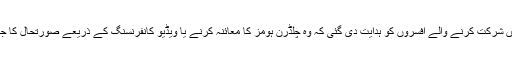
میٹنگ میں شرکت کرنے والے افسروں کو ہدایت دی گئی کہ وہ چلڈرن ہومز کا معائنہ کرنے یا ویڈیو کانفرنسنگ کے ذریعے صورتحال کا جائیزہ لیں ۔